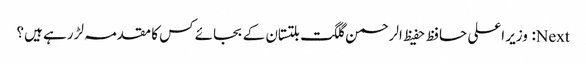
Next: وزیر اعلی حافظ حفیظ الرحمن گلگت بلتستان کے بجائے کس کا مقدمہ لڑ رہے ہیں؟